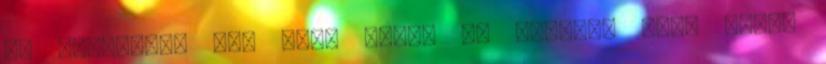
az egésznek, ami ugye eleve az útvonal neve miatt